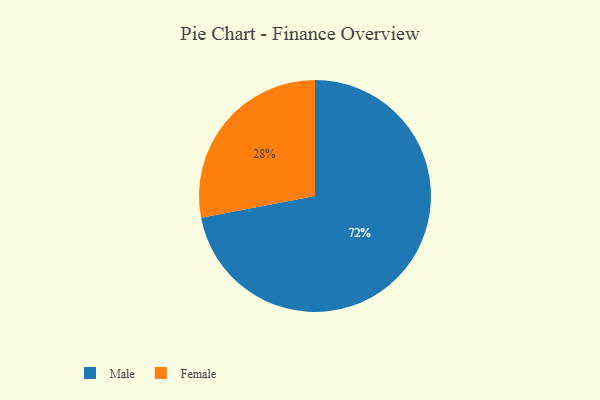
{"axis": {"x": "Category", "y": "Percentage"}, "legend": ["Female", "Male"], "data": [{"x": "Female", "y": 28, "type": "Female"}, {"x": "Male", "y": 72, "type": "Male"}]}